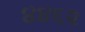
૪૪૬૨